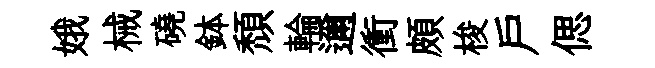
娥械磽鉢頹輪邇衝頗梭户偲